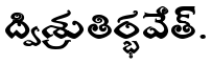
ద్విశ్రుతిర్భవేత్.